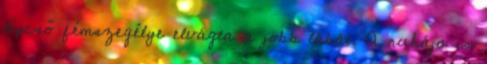
lépcső fémszegélye elvágta a jobb lábát. A ruhája is